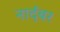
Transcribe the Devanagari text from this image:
नार्दबर